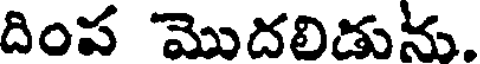
దింప మొదలిడును.